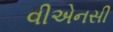
વીએનસી